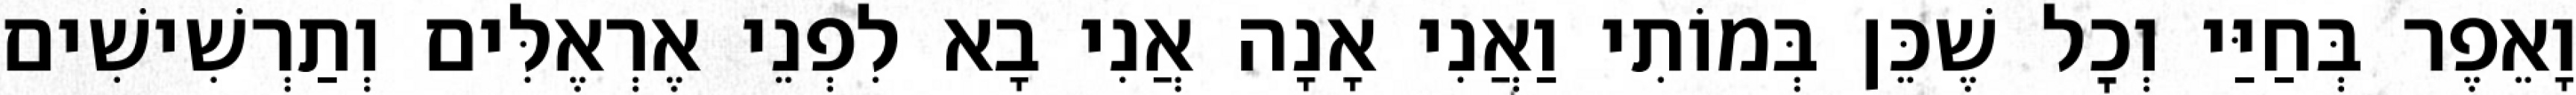
וָאֵפֶר בְּחַיַּי וְכׇל שֶׁכֵּן בְּמוֹתִי וַאֲנִי אָנָה אֲנִי בָא לִפְנֵי אֶרְאֶלִּים וְתַרְשִׁישִׁים